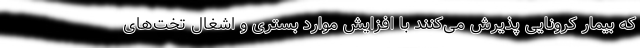
که بیمار کرونایی پذیرش می‌کنند با افزایش موارد بستری و اشغال تخت‌های